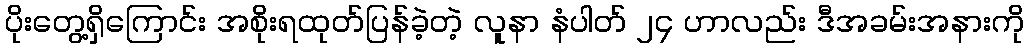
ပိုးတွေ့ရှိကြောင်း အစိုးရထုတ်ပြန်ခဲ့တဲ့ လူနာ နံပါတ် ၂၄ ဟာလည်း ဒီအခမ်းအနားကို